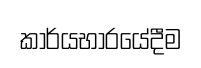
කාර්යභාරයේදීම